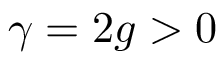
\gamma = 2 g > 0